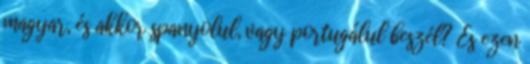
magyar, és akkor spanyolul, vagy portugálul beszél? És ezen